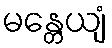
မန္တေယျံ